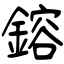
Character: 鎔